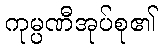
ကုမ္ပဏီအုပ်စု၏